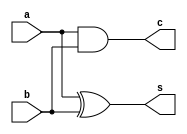
`timescale 1ns / 1ps
//////////////////////////////////////////////////////////////////////////////////
// Company: 
// Engineer: 
// 
// Design Name: 
// Module Name:    ha_12 
// Project Name: 
// Target Devices: 
// Tool versions: 
// Description: 
//
// Dependencies: 
//
// Revision: 
// Revision 0.01 - File Created
// Additional Comments: 
//
//////////////////////////////////////////////////////////////////////////////////
module ha_12(
    input a,
    input b,
    output s,
    output c
    );
	 
assign s = a^b;
assign c = a&b;

endmodule